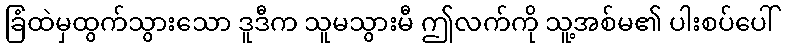
ခြံထဲမှထွက်သွားသော ဒူဒီက သူမသွားမီ ဤလက်ကို သူ့အစ်မ၏ ပါးစပ်ပေါ်